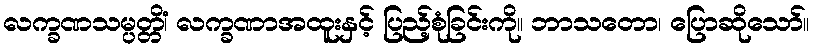
လက္ခဏသမ္ပတ္တိံ၊ လက္ခဏာအထူးနှင့် ပြည့်စုံခြင်းကို။ ဘာသတော၊ ပြောဆိုသော်။